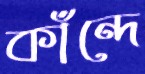
কাঁন্দে